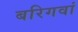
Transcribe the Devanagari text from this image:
बरिगवां